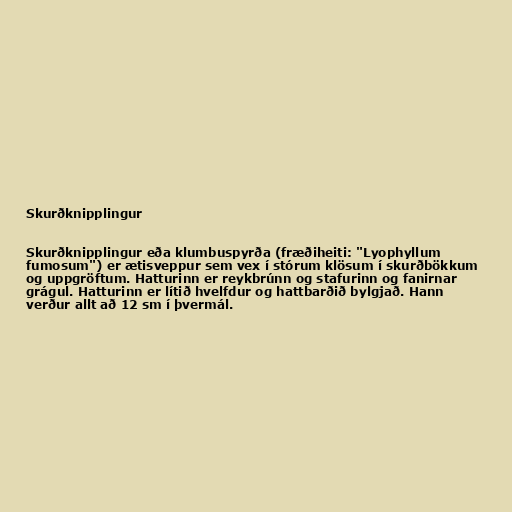
Skurðknipplingur

Skurðknipplingur eða klumbuspyrða (fræðiheiti: "Lyophyllum
fumosum") er ætisveppur sem vex í stórum klösum í skurðbökkum
og uppgröftum. Hatturinn er reykbrúnn og stafurinn og fanirnar
grágul. Hatturinn er lítið hvelfdur og hattbarðið bylgjað. Hann
verður allt að 12 sm í þvermál.